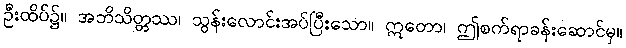
ဦးထိပ်၌။ အဘိသိတ္တဿ၊ သွန်းလောင်းအပ်ပြီးသော။ ဣတော၊ ဤစက်ရာခန်းဆောင်မှ။